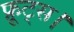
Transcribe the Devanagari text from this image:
फ्रूट्स।